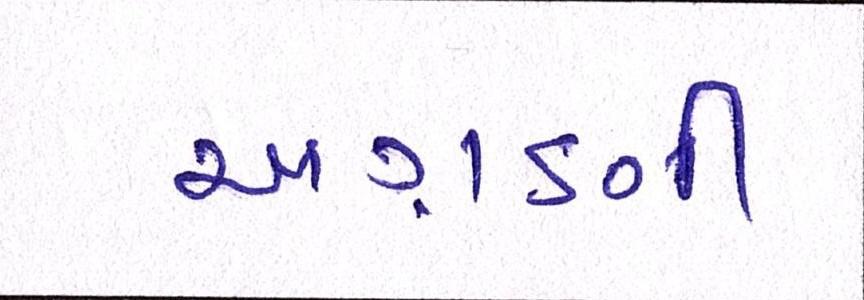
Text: અગ્રણી